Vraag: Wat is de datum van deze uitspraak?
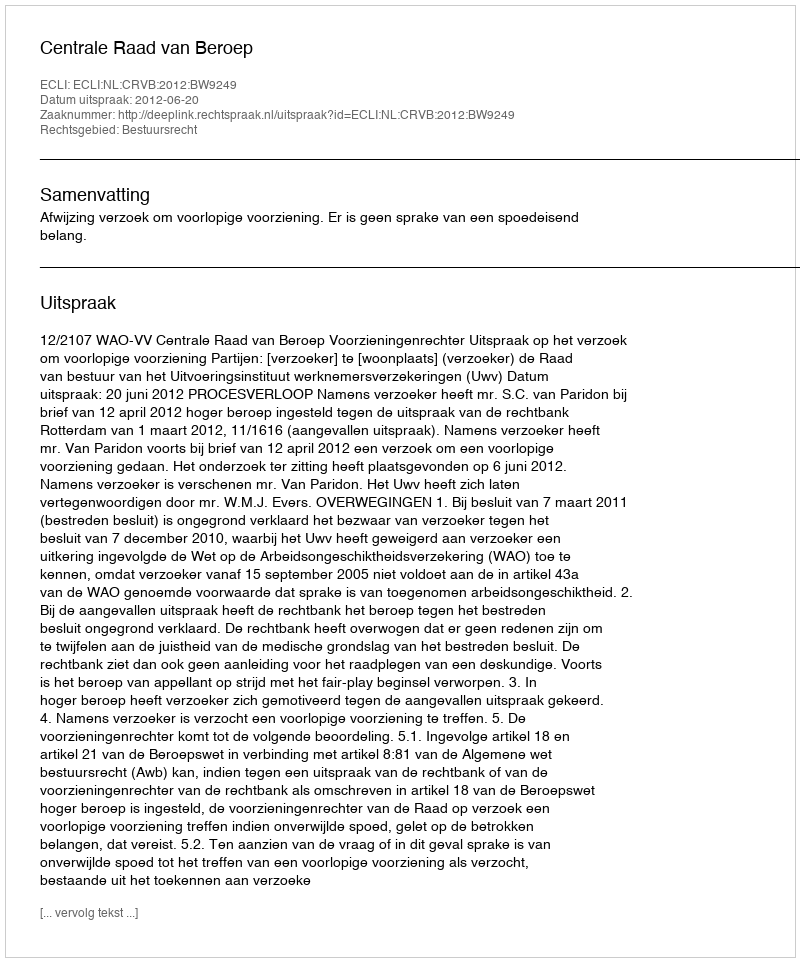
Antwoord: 2012-06-20